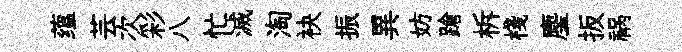
蕴芸次彩八忙滅淘袂振異妨蹌柝棧麈扳祸